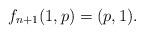
LaTeX: \begin{align*}f_{n+1} (1,p) = (p,1).\end{align*}